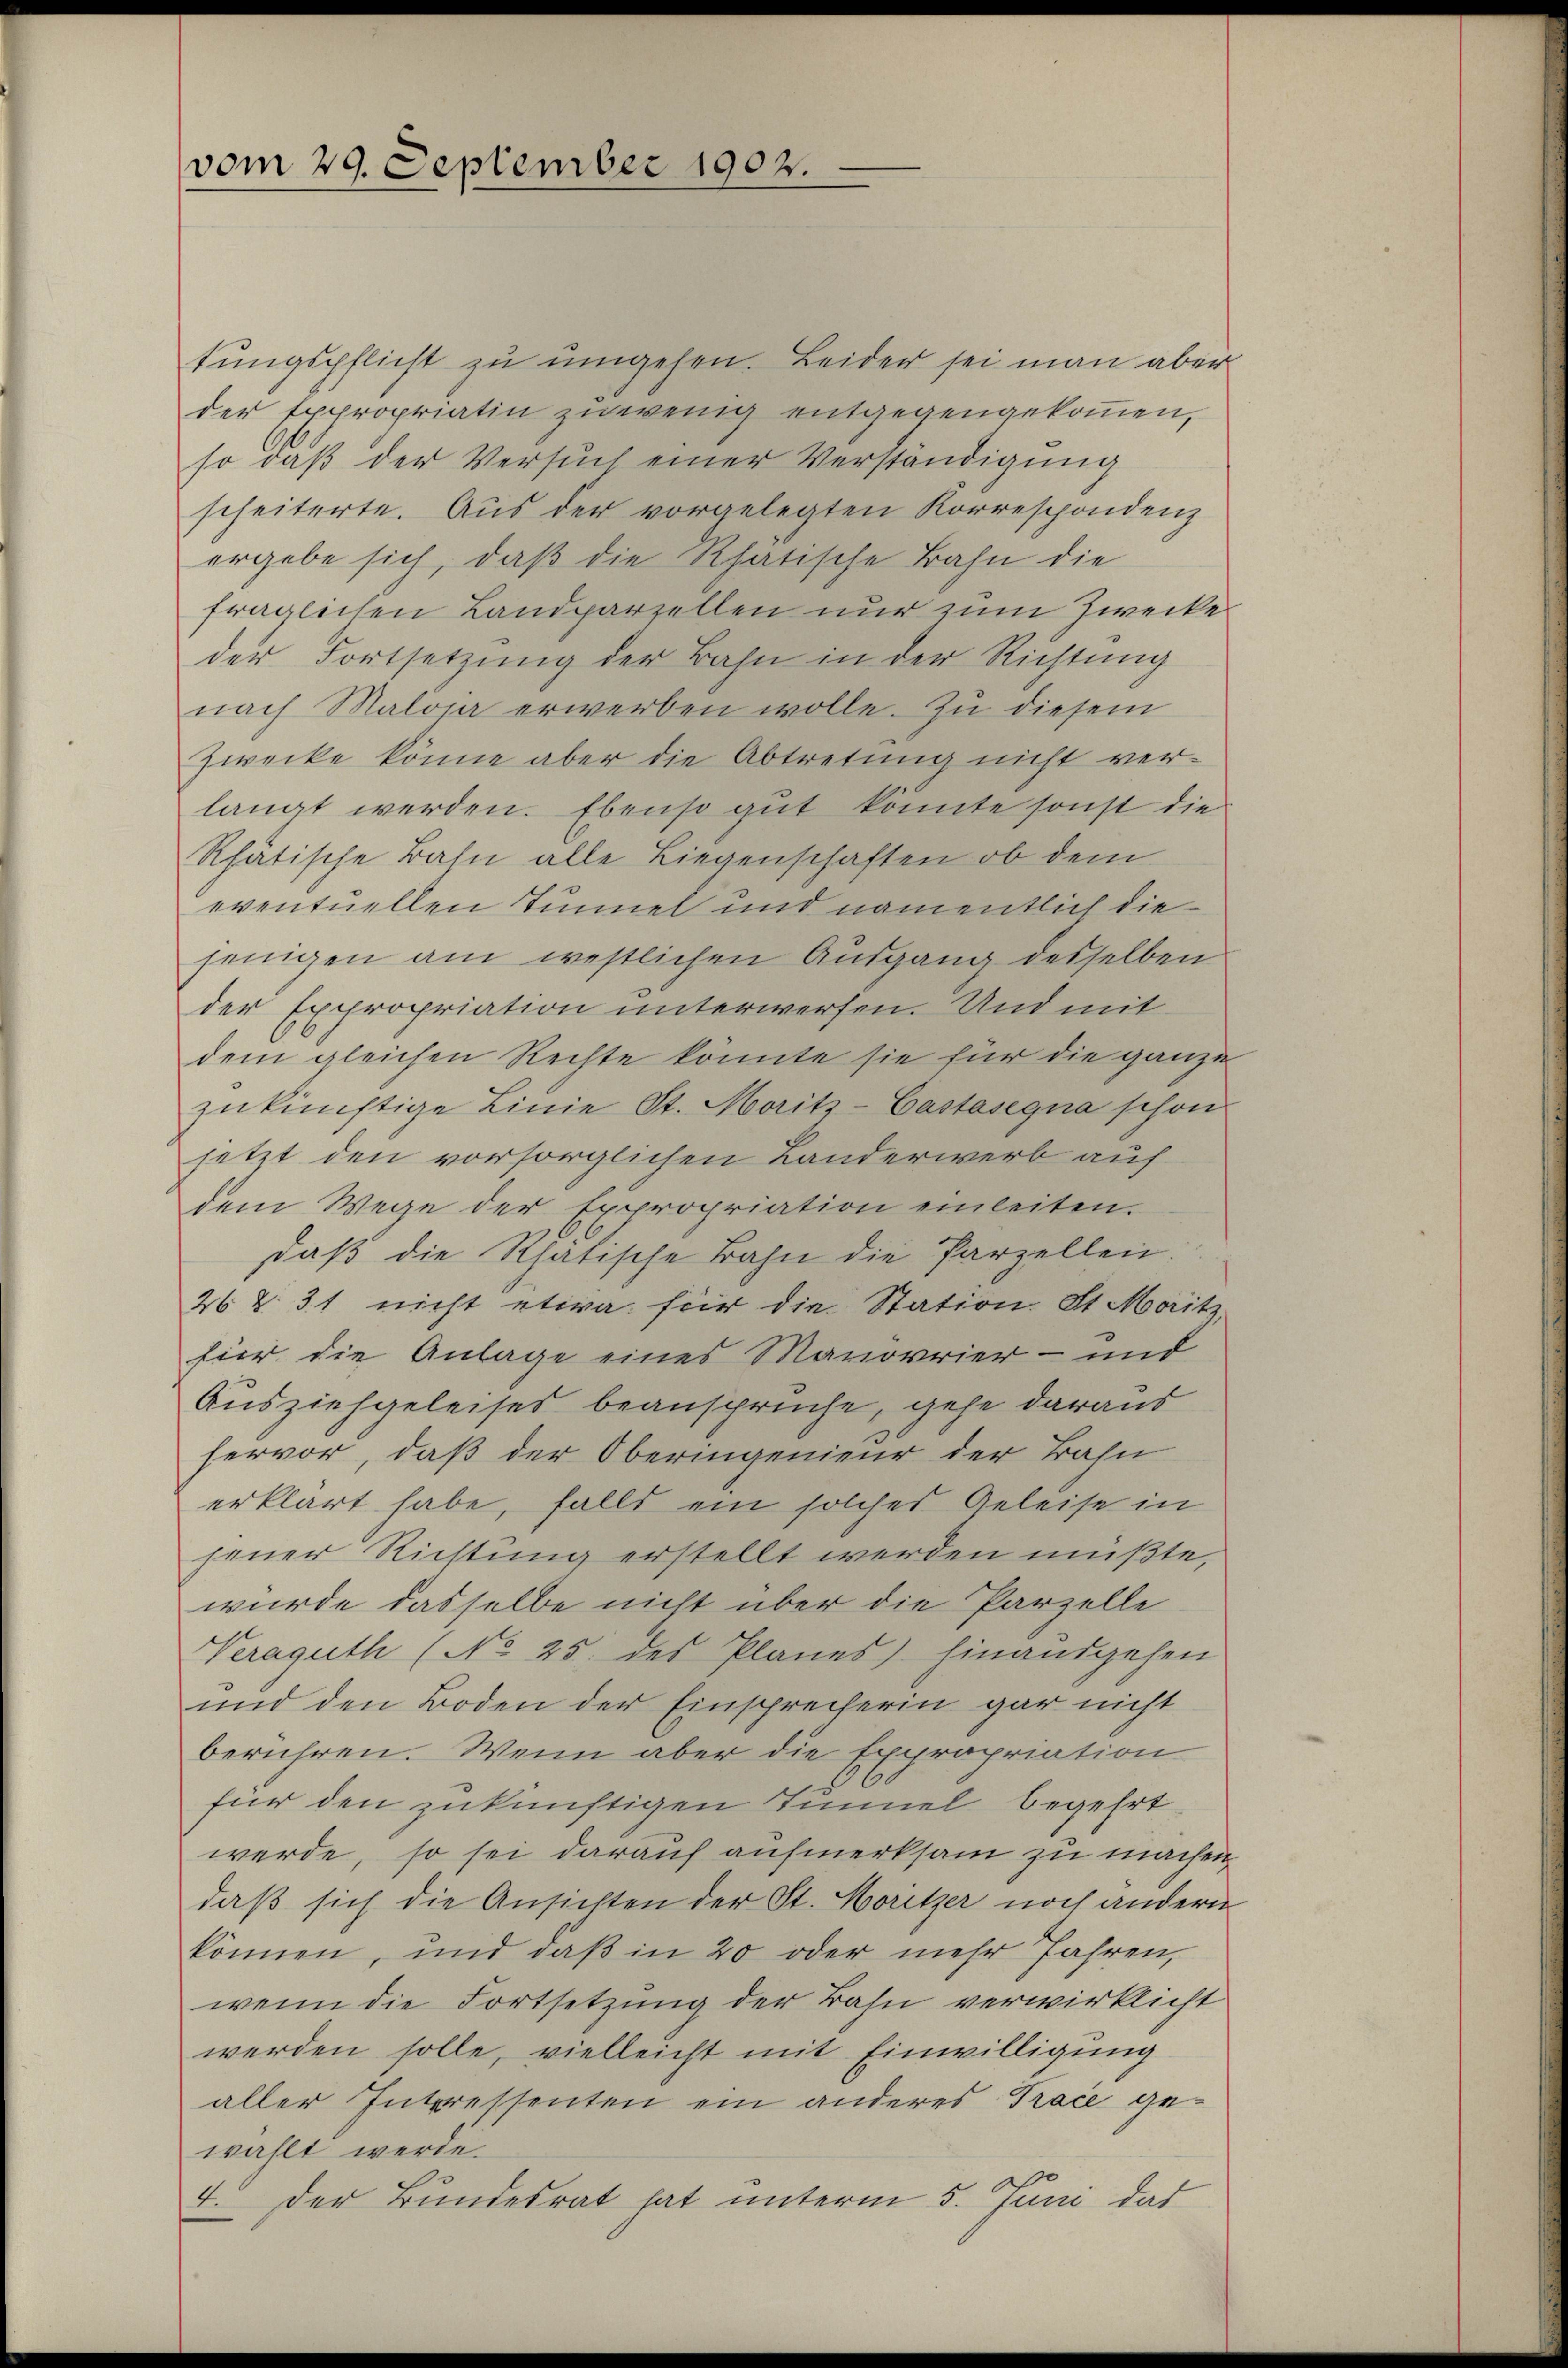
vom 29. September 1902.

tungspflicht zu umgehen. Beider sei man aber
der Expropriatin zu wenig entgegengekommen,
so daß der Versuch einer Verständigung
scheiterte. Aus der vorgelegten Korrespondenz
ergebe sich, daß die Rhatische Bahn die
fraglichen Landparzellen nur zum Zwecke
der Fortsetzung der Bahn in der Richtung
nach Maloja erwerben wolle. Zu diesem
Zwecke könne aber die Abtretung nicht verlangt werden. Ebenso gut könnte sonst die
Rhätische Bahn alle Liegenschaften ob dem
eventuellen Tunnel und namentlich diejenigen am westlichen Ausgang desselben
der Expropriation unterwerfen. Und mit
dem gleichen Rechte könnte sie für die ganze
zukünftige Linie St. Moritz-Castasegna schon
jetzt den vorsorglichen Landerwerb auf
dem Wege der Expropriation einleiten.
daβ die Rhätische Bahn die Parzellen.
26 § 31 nicht etwa für die Station St. Maitz,
für die Anlage eines Manovrier- und
Ausziehgeleises beansprüche, gehe daraus
hervor, daß der Oberingenieur der Bahn
erklärt habe, falls ein solches Geleise in
jener Richtung erstellt werden müßte,
würde dasselbe nicht über die Parzelle
Veraguth (No 25. des Planes) hinausgehen
und den Boden der Einsprecherin gar nicht
berühren. Wenn aber die Expropriation
für den zukünftigen Tunnel begehrt
werde, so sei darauf aufmerksam zu machen,
daß sich die Ansichten der St. Moritzer noch andern
können, und daβ in 20 oder mehr Jahren,
wenn die Fortsetzung der Bahn verwirklicht
werden solle, vielleicht mit Einwilligŭng
aller Interessenten ein anderes Trace gewählt werde.
4. Der Bundesrat hat unterm 5. Juni das